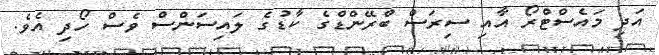
އަދި މައެސްޓްރޯ އާއި ސިރަސް ބްރޭންޑްގެ ކާޑުގެ ލައިސަންސް ވެސް ހޯދި އެވެ.